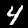
Label: 4